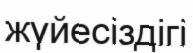
жүйесіздігі